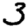
Digit: 3